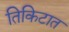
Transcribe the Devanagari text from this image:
तिकिटात